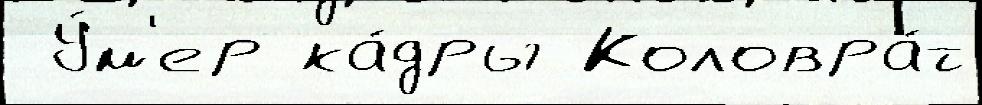
 У́м'ер ка́дры Коловра́т